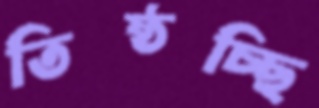
তিষ্ঠচ্ছি